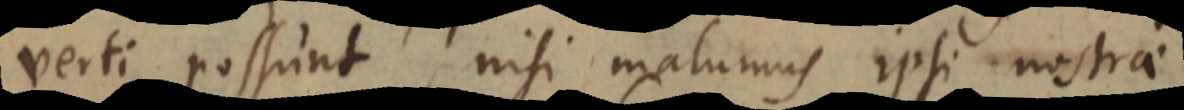
verti possunt, nisi malumus ipsi nostrae